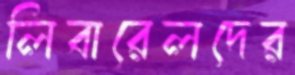
লিবারেলদের